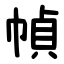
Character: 幀